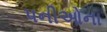
પનીઓના